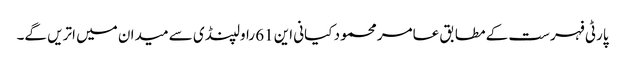
پارٹی فہرست کے مطابق عامر محمود کیانی این 61 راولپنڈی سے میدان میں اتریں گے۔